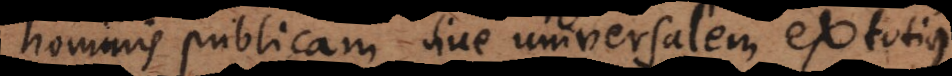
hominis publicam sive universalem ex totius